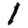
Digit: 1